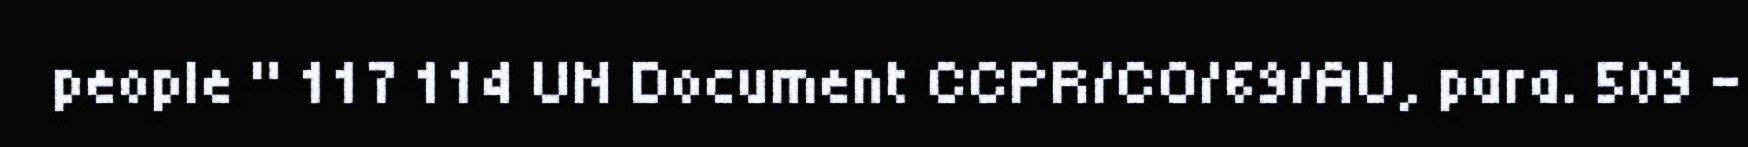
people " 117 114 UN Document CCPR/CO/69/AU, para. 509 –